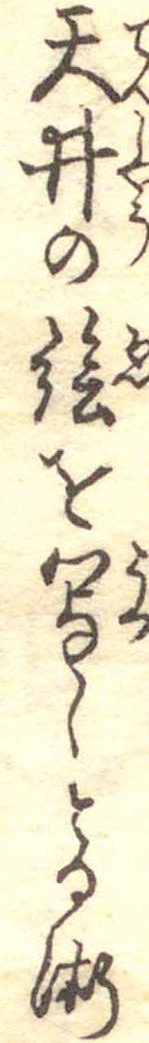
天井の絵を写しとる術